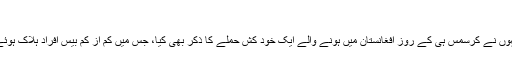
‘‘
انہوں نے کرسمس ہی کے روز افغانستان میں ہونے والے ایک خود کش حملے کا ذکر بھی کیا، جس میں کم از کم بیس افراد ہلاک ہوئے۔